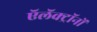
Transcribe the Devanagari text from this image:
ऍलॅक्ट्रॉनों